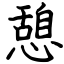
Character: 憩